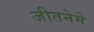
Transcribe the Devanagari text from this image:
जीतनेमे